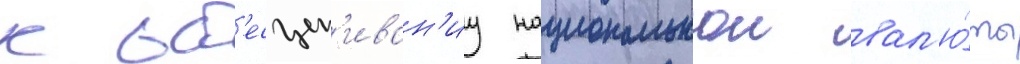
к об'есцен'иван'иу национальнои вал'ю́ты